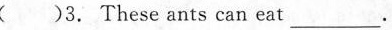
( )3. These ants can eat___.